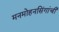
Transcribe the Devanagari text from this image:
मनमोहनसिंगांची